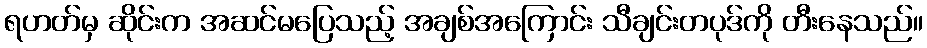
ရဟတ်မှ ဆိုင်းက အဆင်မပြေသည့် အချစ်အကြောင်း သီချင်းတပုဒ်ကို တီးနေသည်။